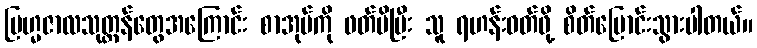
ဗြဟ္မဇာလသုတ္တန်တွေအကြောင်း စာအုပ်ကို ဖတ်မိပြီး သူ ရဟန်းဝတ်ဖို့ စိတ်ပြောင်းသွားပါတယ်။